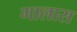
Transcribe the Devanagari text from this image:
गालास